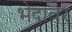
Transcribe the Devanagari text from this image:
भेदावर